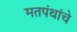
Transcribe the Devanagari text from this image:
मतपंथांचे